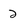
Character: 2